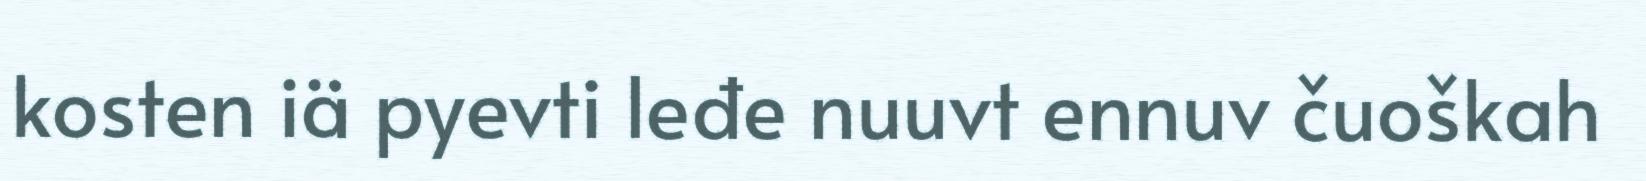
kosten iä pyevti leđe nuuvt ennuv čuoškah